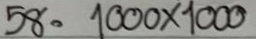
58 = 1000 x 1000